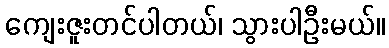
ကျေးဇူးတင်ပါတယ်၊ သွားပါဦးမယ်။